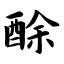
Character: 酴